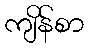
ကျိန်စာ